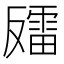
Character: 𫩍